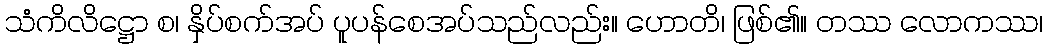
သံကိလိဋ္ဌော စ၊ နှိပ်စက်အပ် ပူပန်စေအပ်သည်လည်း။ ဟောတိ၊ ဖြစ်၏။ တဿ လောကဿ၊